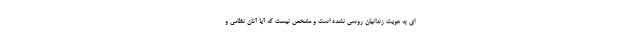
ای به هویت زندانیان روسی نشده است و مشخص نیست که آیا آنان نظامی و